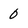
Character: 0